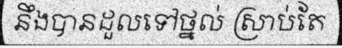
នឹងបានដួលទៅថ្នល់ ស្រាប់តែ